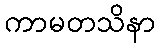
ကာမတသိနာ